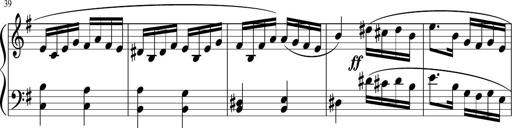
Title: 12 Keyboard Sonatinas
Composer: James Hook